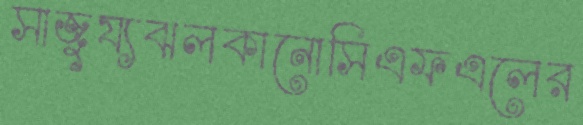
সাজুয্যঝলকানোসিএফএলের